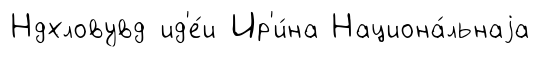
Ндхловувд ид'е́и Ир'и́на Национа́льнаjа